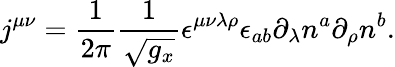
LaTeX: j^{\mu\nu}=\frac 1{2\pi}\frac 1{\sqrt{g_{x}}}\epsilon^{\mu\nu\lambda\rho}\epsilon_{ab}\partial_{\lambda}n^{a}\partial_{\rho}n^{b}.